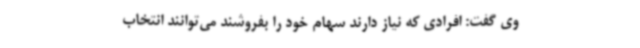
وی گفت: افرادی که نیاز دارند سهام خود را بفروشند می‌توانند انتخاب